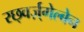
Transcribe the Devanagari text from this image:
स्छ्वर्ज़्गेल्बेन